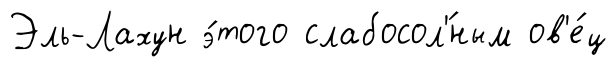
Эль-Лахун э́того слабосол'́ным ов'е́ц